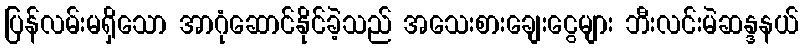
ပြန်လမ်းမရှိသော အာဂုံဆောင်နိုင်ခဲ့သည် အသေးစားချေးငွေများ ဘီးလင်းမဲဆန္ဒနယ်